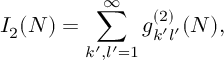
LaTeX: I _ { 2 } ( N ) = \sum _ { k ^ { \prime } , l ^ { \prime } = 1 } ^ { \infty } g _ { k ^ { \prime } l ^ { \prime } } ^ { ( 2 ) } ( N ) ,